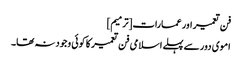
فن تعمیر اور عمارات[ترمیم]
اموی دور سے پہلے اسلامی فن تعمیر کا کوئی وجود نہ تھا۔